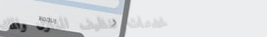
خدمات تنظيف المنازل والمك